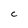
Character: C